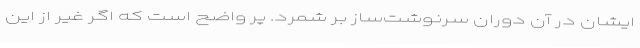
ایشان در آن دوران سرنوشت‌ساز بر شمرد. پر واضح است که اگر غیر از این